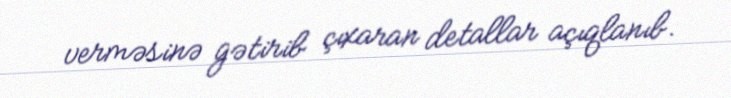
verməsinə gətirib çıxaran detallar açıqlanıb.